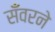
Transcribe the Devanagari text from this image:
सँवरने